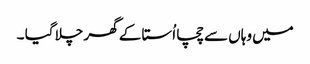
میں وہاں سے چچا اُستا کے گھر چلا گیا ۔